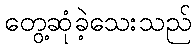
တွေ့ဆုံခဲ့သေးသည်